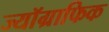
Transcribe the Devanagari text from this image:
ज्यॉग्राफिक